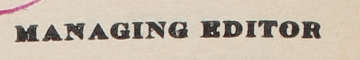
MANAGING EDITOR